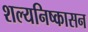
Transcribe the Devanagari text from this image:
शल्यनिष्कासन